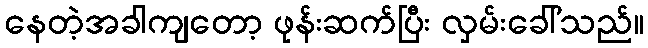
နေတဲ့အခါကျတော့ ဖုန်းဆက်ပြီး လှမ်းခေါ်သည်။